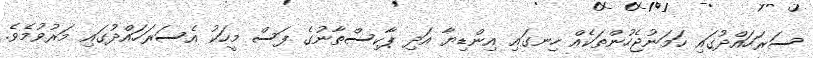
ސަރަހައްދުގައި ހަމަނުޖެހުންތަކެއް ހިނގައި އިންޑިޔާ އަދި ޕާކިސްތާނުގެ ފަސް މީހަކު އެސަރަހައްދުގައި މަރުވުމެވެ.